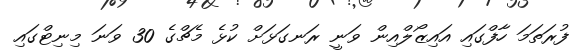
ފުރަތަމަ ހާފްގައި އައިޒޯލްއިން ވަނީ ރަނގަޅަށް ކުޅެ މެޗްގެ 30 ވަނަ މިނިޓްގައި